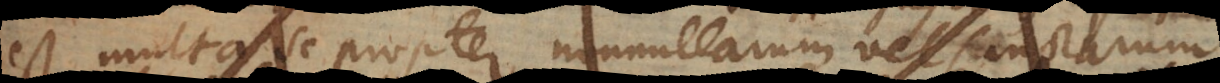
est multa se propter nonnullarum vel sanctarum